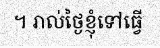
។ រាល់ថ្ងៃខ្ញុំទៅធ្វើ